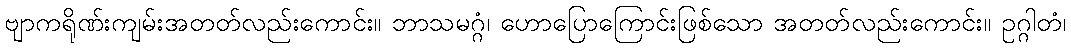
ဗျာကရိုဏ်းကျမ်းအတတ်လည်းကောင်း။ ဘာသမဂ္ဂံ၊ ဟောပြောကြောင်းဖြစ်သော အတတ်လည်းကောင်း။ ဥဂ္ဂါတံ၊